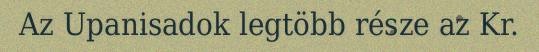
Az Upanisadok legtöbb része az Kr.